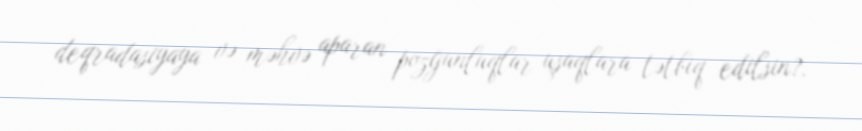
deqradasiyaya və məhvə aparan pozğunluqlar uşaqlara tətbiq edilsin?.